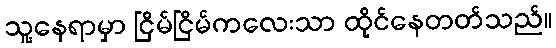
သူ့နေရာမှာ ငြိမ်ငြိမ်ကလေးသာ ထိုင်နေတတ်သည်။